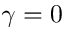
\gamma = 0